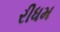
રીધમ